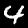
Label: 4